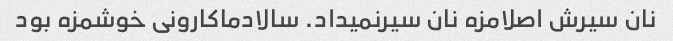
نان سیرش اصلامزه نان سیرنمیداد. سالادماکارونی خوشمزه بود